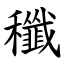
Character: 䆎